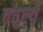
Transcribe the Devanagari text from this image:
तत्तुल्यं